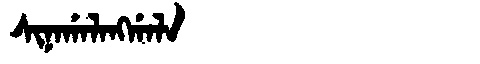
Manchu: ᠰᡳᠨᠠᡤᠠᠯᠠᠩᡤᠠᠯᠠ
Romanization: SINAGALANGGALA